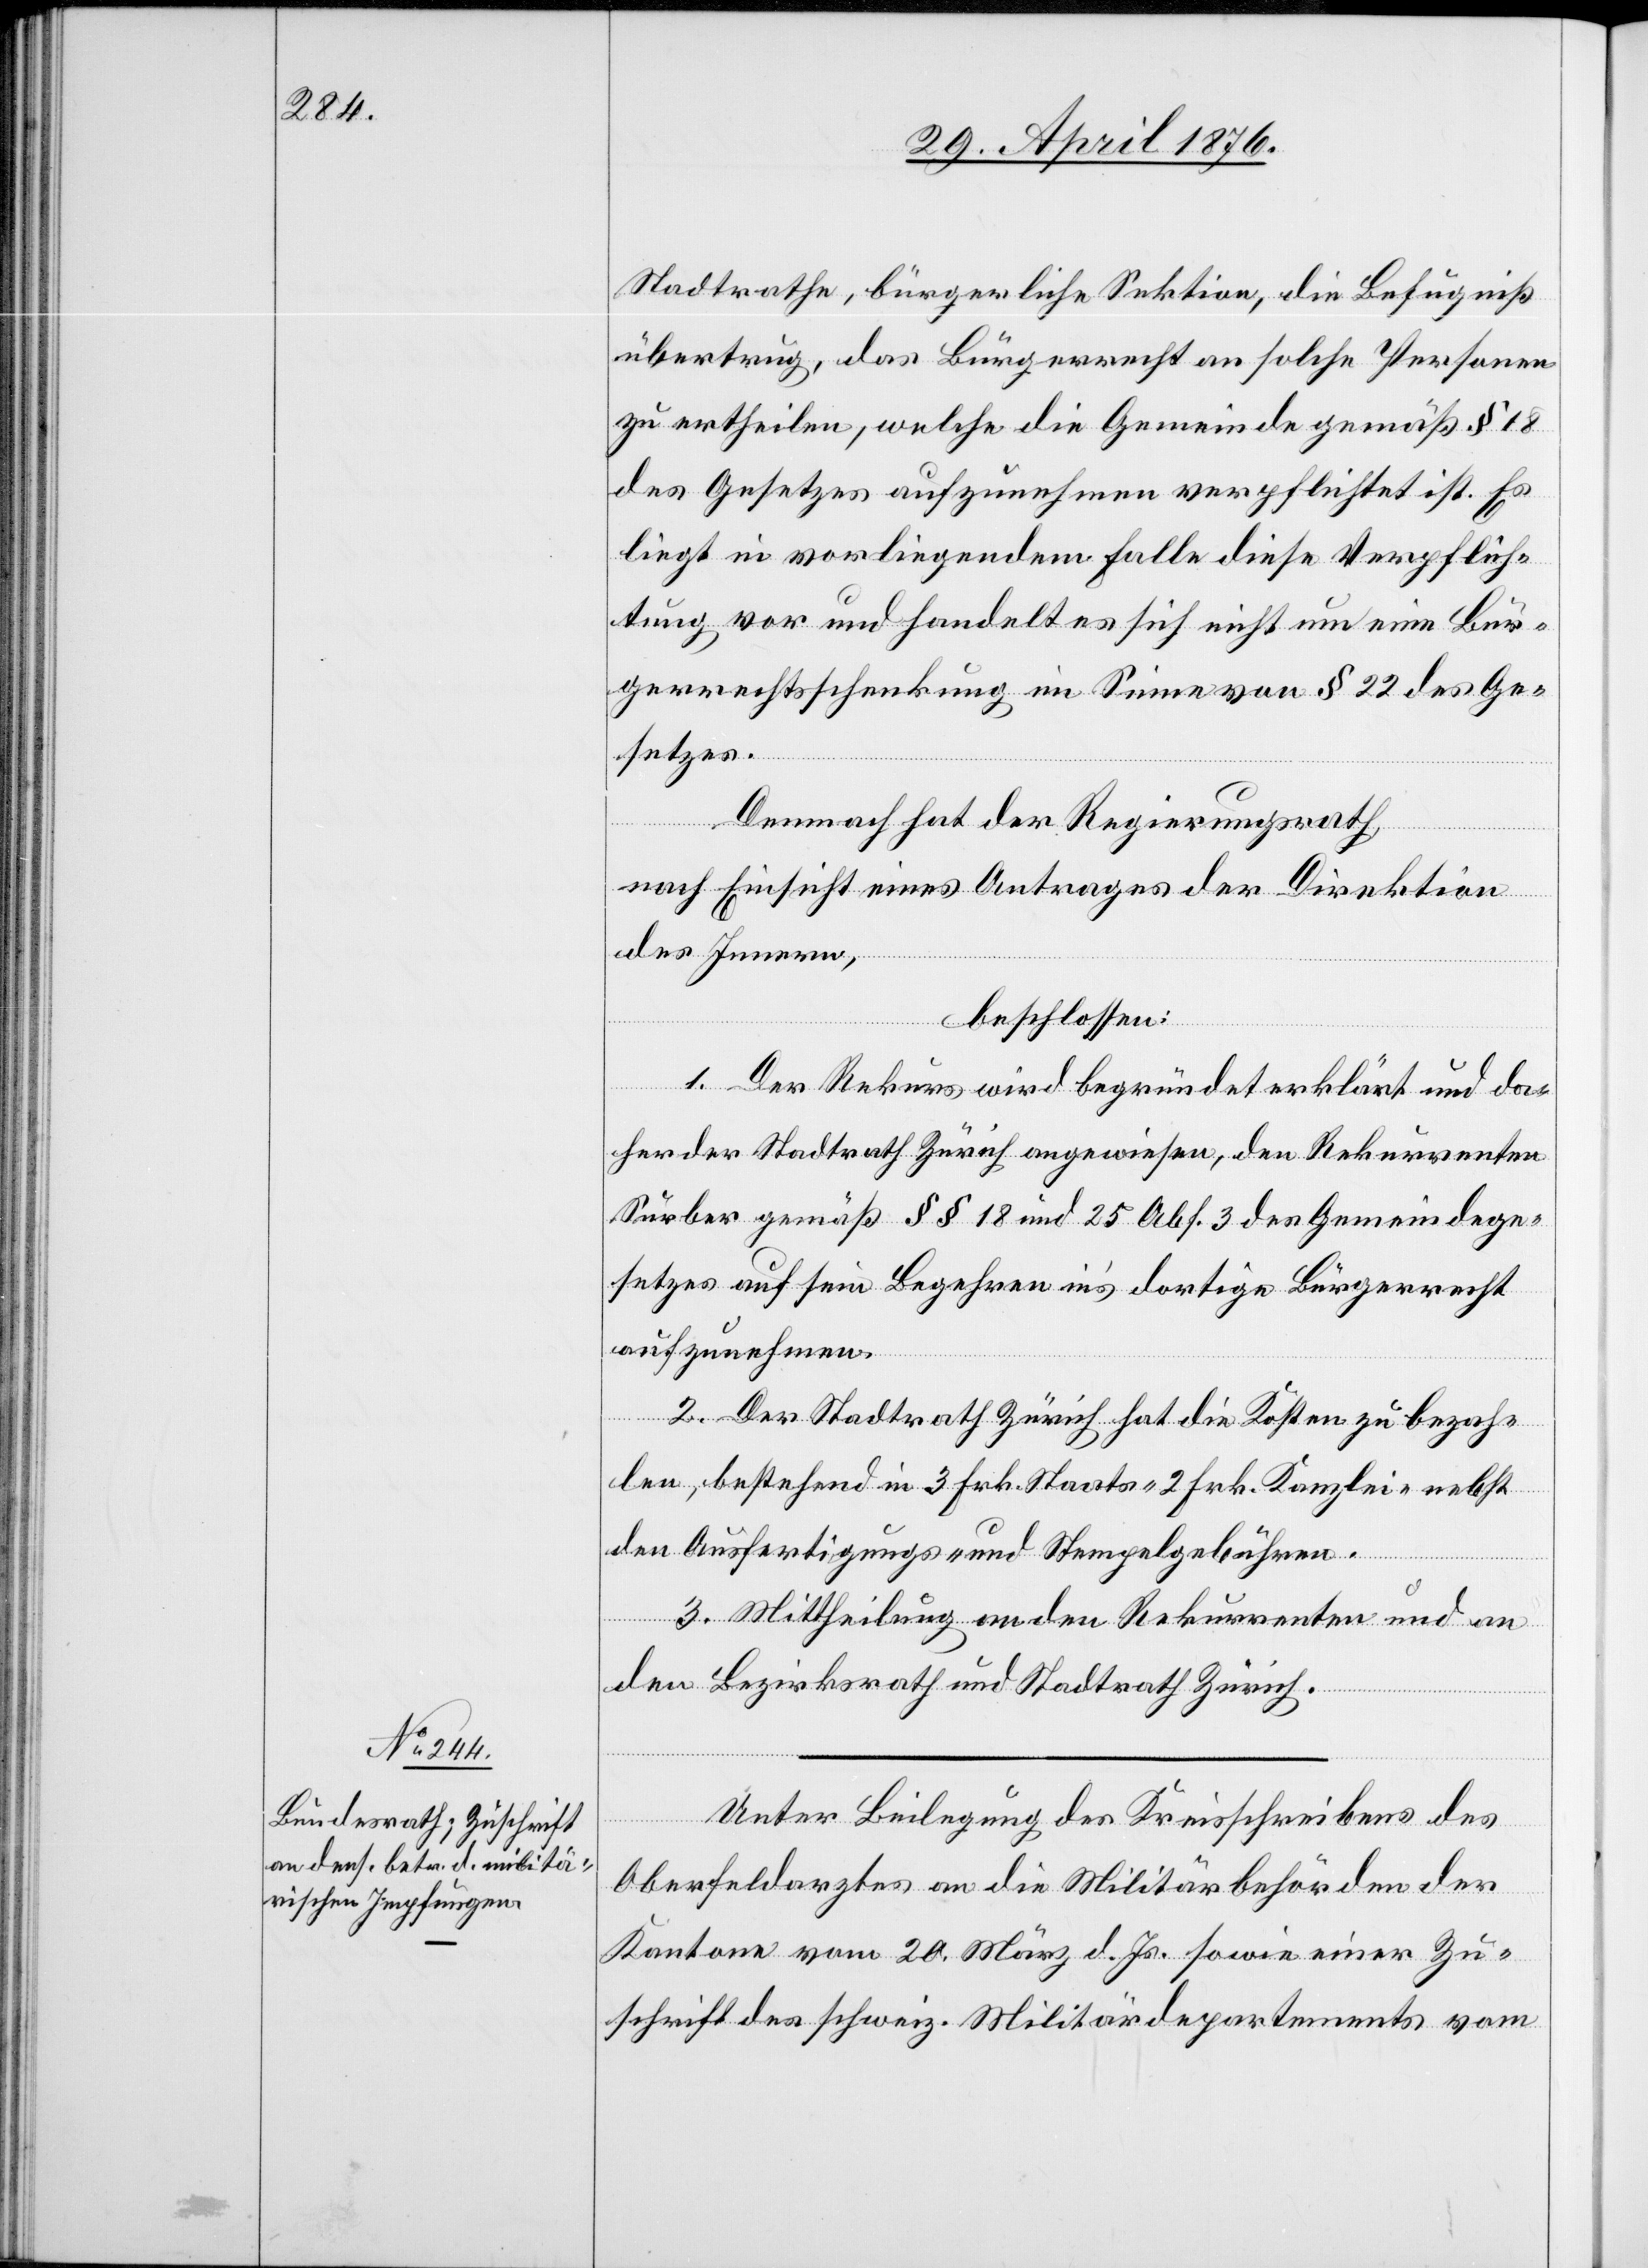
Stadtrathe, bürgerliche Sektion, die Befugniß
übertrug, das Bürgerrecht an solche Personen
zu ertheilen, welche die Gemeinde gemäß § 18
des Gesetzes aufzunehmen verpflichtet ist. Es
liegt in vorliegendem Falle diese Verpflich¬
tung vor und handelt es sich nicht um eine Bür¬
gerrechtsschenkung im Sinne von § 22 des Ge¬
setzes.
Demnach hat der Regierungsrath,
nach Einsicht eines Antrages der Direktion
des Innern,
beschlossen:
1. Der Rekurs wird begründet erklärt und da¬
her der Stadtrath Zürich angewiesen, den Rekurrenten
Surber gemäß §§ 18 und 25 Abs. 3 des Gemeindege¬
setzes auf sein Begehren ins dortige Bürgerrecht
aufzunehmen.
2. Der Stadtrath Zürich hat die Kosten zu bezah¬
len, bestehend in 3 Frk. Staats- 2 Frk. Kanzlei- nebst
den Ausfertigungs- und Stempelgebühren.
3. Mittheilung an den Rekurrenten und an
den Bezirksrath und Stadtrath Zürich.
Unter Beilegung des Kreisschreibens des
Oberfeldarztes an die Militärbehörden der
Kantone vom 20. März d. Js. sowie einer Zu¬
schrift des schweiz. Militärdepartements vom